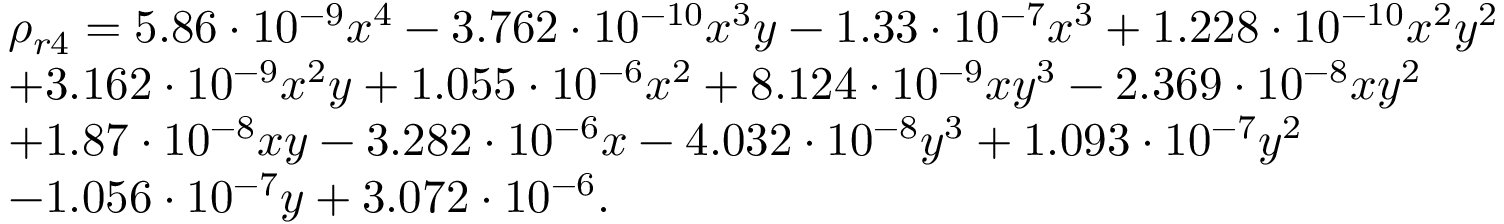
\begin{array} { r l } & { \rho _ { r 4 } = 5 . 8 6 \cdot 1 0 ^ { - 9 } x ^ { 4 } - 3 . 7 6 2 \cdot 1 0 ^ { - 1 0 } x ^ { 3 } y - 1 . 3 3 \cdot 1 0 ^ { - 7 } x ^ { 3 } + 1 . 2 2 8 \cdot 1 0 ^ { - 1 0 } x ^ { 2 } y ^ { 2 } } \\ & { + 3 . 1 6 2 \cdot 1 0 ^ { - 9 } x ^ { 2 } y + 1 . 0 5 5 \cdot 1 0 ^ { - 6 } x ^ { 2 } + 8 . 1 2 4 \cdot 1 0 ^ { - 9 } x y ^ { 3 } - 2 . 3 6 9 \cdot 1 0 ^ { - 8 } x y ^ { 2 } } \\ & { + 1 . 8 7 \cdot 1 0 ^ { - 8 } x y - 3 . 2 8 2 \cdot 1 0 ^ { - 6 } x - 4 . 0 3 2 \cdot 1 0 ^ { - 8 } y ^ { 3 } + 1 . 0 9 3 \cdot 1 0 ^ { - 7 } y ^ { 2 } } \\ & { - 1 . 0 5 6 \cdot 1 0 ^ { - 7 } y + 3 . 0 7 2 \cdot 1 0 ^ { - 6 } . } \end{array}